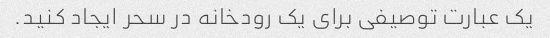
یک عبارت توصیفی برای یک رودخانه در سحر ایجاد کنید.